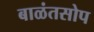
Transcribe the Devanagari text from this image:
बाळंतसोप